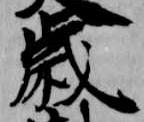
歳